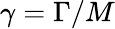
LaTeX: \gamma=\Gamma/M